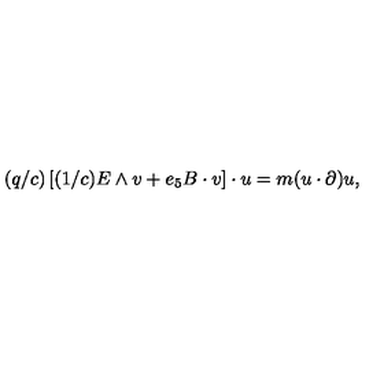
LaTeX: ( q / c ) \left[ ( 1 / c ) E \wedge v + e _ { 5 } B \cdot v \right] \cdot u = m ( u \cdot \partial ) u ,